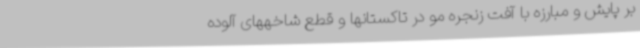
بر پایش و مبارزه با آفت زنجره مو در تاکستانها و قطع شاخههای آلوده